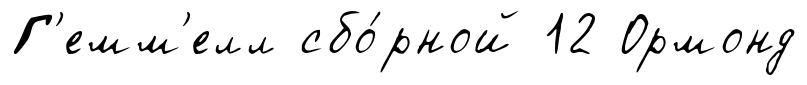
Г'емм'елл сбо́рной 12 Ормонд